Vaccination report Assam 1896-1927 - 1896-1927
Year: 1896
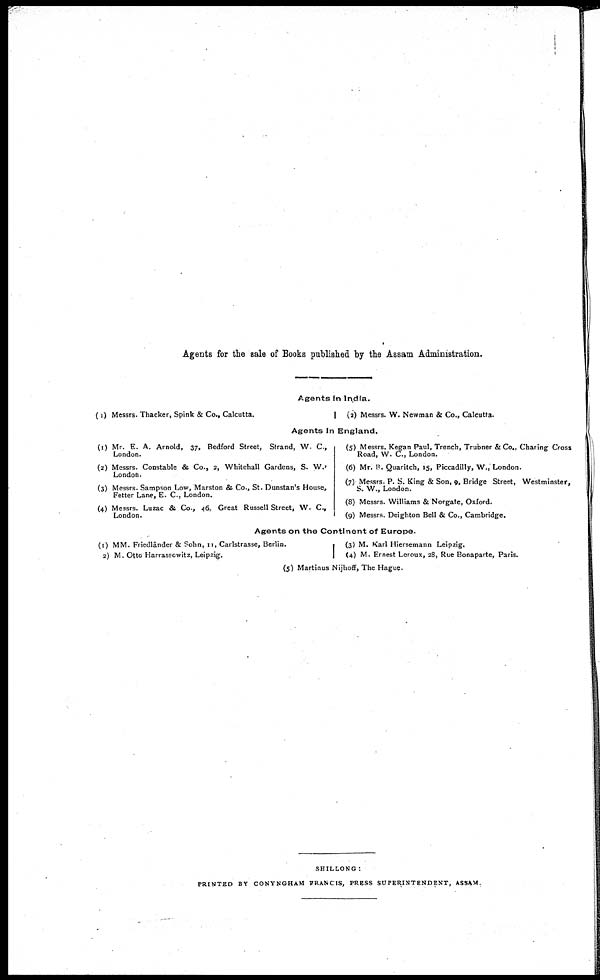
Agents for the sale of Books published by the Assam Administration.
Agents In India.
( 1) Messrs. Thacker, Spink & Co., Calcutta.
(2) Messrs. W. Newman & Co., Calcutta.
Agents In England.
(1) Mr. E. A. Arnold, 37, Bedford Street, Strand, W. C.,
London.
(2) Messrs. Constable & Co., 2, Whitehall Gardens, S. W.,
London.
(3) Messrs. Sampson Low, Marston & Co., St. Dunstan's House,
Fetter Lane, E. C, London.
(4) Messrs. Luzac & Co., 46, Great Russell Street, W. C.,
London.
(5) Messrs. Kegan Paul, Trench, Trubner &Co., Charing Cross
Road, W. C., London.
(6) Mr. P. Quaritch, 15, Piccadilly, W., London.
(7) Messrs. P. S. King & Son, 9, Bridge Street, Westminster,
S. W., London.
(8) Messrs. Williams & Norgate, Oxford.
(9) Messrs. Deighton Bell & Co., Cambridge.
Agents on the Continent of Europe.
(1) MM. Friedländer & Sohn, 11, Carlstrasse, Berlin.
(2) M. Otto Harrassowitz, Leipzig.
(3) M. Karl Hiersemann Leipzig,
(4) M. Ernest Leroux, 28, Rue Bonaparte, Paris.
(5) Martinus Nijhoff, The Hague.
SHILLONG:
PRINTED BY CONYNGHAM FRANCIS, PRESS SUPERINTENDENT, ASSAM.